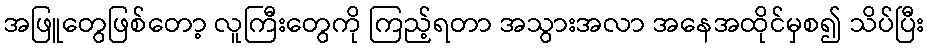
အဖြူတွေဖြစ်တော့ လူကြီးတွေကို ကြည့်ရတာ အသွားအလာ အနေအထိုင်မှစ၍ သိပ်ပြီး